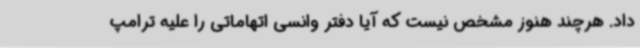
داد. هرچند هنوز مشخص نیست که آیا دفتر وانسی اتهاماتی را علیه ترامپ